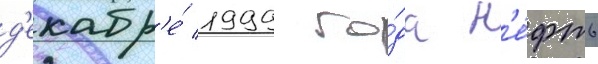
д'екабр'е́ 1999 го́да н'е́фть